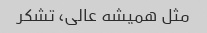
مثل همیشه عالی، تشکر